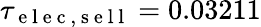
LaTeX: \tau_{\mathrm{~e~l~e~c~,~s~e~l~l~}}=0.03211